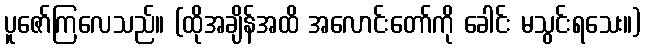
ပူဇော်ကြလေသည်။ (ထိုအချိန်အထိ အလောင်းတော်ကို ခေါင်း မသွင်းရသေး။)